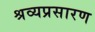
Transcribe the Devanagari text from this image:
श्रव्यप्रसारण